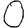
Digit: 0